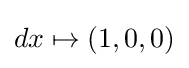
dx\mapsto (1,0,0)